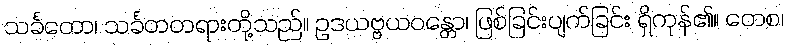
သင်္ခတော၊ သင်္ခတတရားတို့သည်။ ဥဒယဗ္ဗယဝန္တော၊ ဖြစ်ခြင်းပျက်ခြင်း ရှိကုန်၏။ တေစ၊